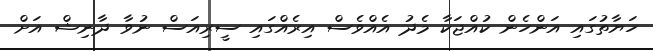
ހަޔާތުގައި އަންހެން ކުއްޖަކާ މެދު އެއްވެސް އިރެއްގައި ސީރިއަސް ނުވާ ދާނިޝް އަށް